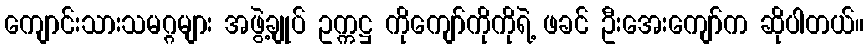
ကျောင်းသားသမဂ္ဂများ အဖွဲ့ချုပ် ဥက္ကဋ္ဌ ကိုကျော်ကိုကိုရဲ့ ဖခင် ဦးအေးကျော်က ဆိုပါတယ်။